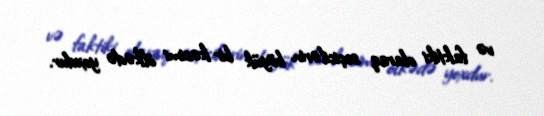
və faktiki olaraq seçicilərin böyük bir kəsimi ölkədə yoxdur.